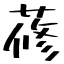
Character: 蓚